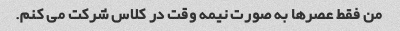
من فقط عصرها به صورت نیمه وقت در کلاس شرکت می کنم.